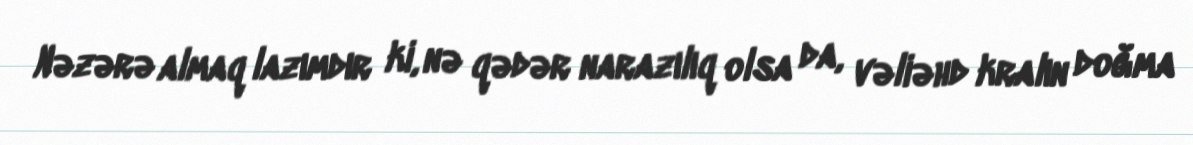
Nəzərə almaq lazımdır ki, nə qədər narazılıq olsa da, vəliəhd kralın doğma